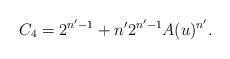
LaTeX: \begin{align*}C_{4}=2^{n'-1}+n'2^{n'-1}A(u)^{n'}.\end{align*}